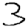
Digit: 3